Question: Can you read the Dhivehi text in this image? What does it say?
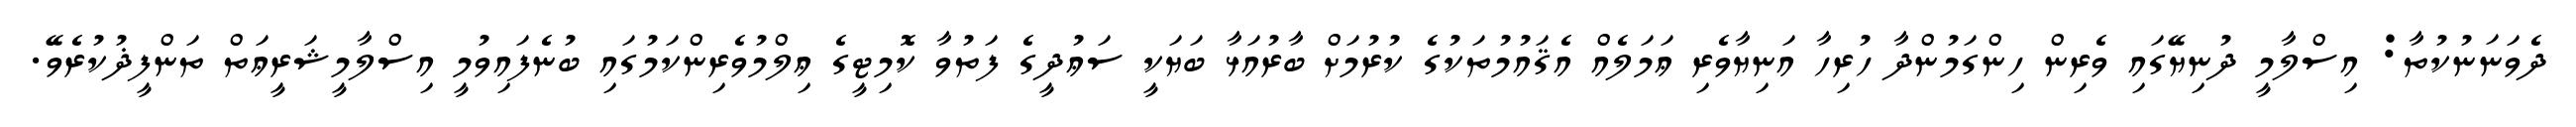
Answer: ދެވަނަނުކުތާ: އިސްލާމީ ދުނިޔޭގައި ވެރިން ހިންގަމުންދާ ހުރިހާ އަނިޔާވެރި ޢަމަލެއް އެޤައުމުތަކުގެ ކުރުމަށް ބާރުއަޅާ ބަޔަކީ ސަޢުދީގެ ފަތުވާ ކޮމިޓީގެ ޢިލްމުވެރިންކަމުގައި ބުނެފައިވުމީ އިސްލާމީޝަރީޢަތް ތަންފީޛުކުރެވޭ.